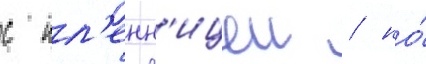
с пл'енн'ицеи / но́